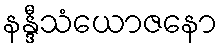
နန္ဒီသံယောဇနော